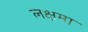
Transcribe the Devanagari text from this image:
लक्षमा